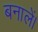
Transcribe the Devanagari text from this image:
बनालें।